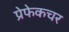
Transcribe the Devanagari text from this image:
प्रेफेकचर